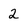
Character: 2